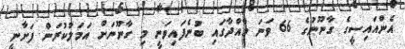
އެންއައިސީގެ ގާނޫނުގެ 66 ވަނަ މާއްދާގައި ބުނެފައިވަނީ މި ގާނޫނަށް އަމަލުކުރަން ފަށާނީ